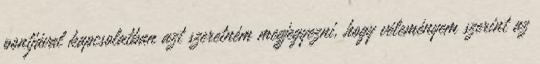
pontjával kapcsolatban azt szeretném megjegyezni, hogy véleményem szerint az